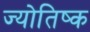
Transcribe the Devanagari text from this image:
ज्योतिष्क